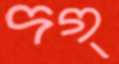
দগ্